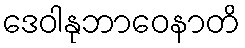
ဒေဝါနုဘာဝေနာတိ